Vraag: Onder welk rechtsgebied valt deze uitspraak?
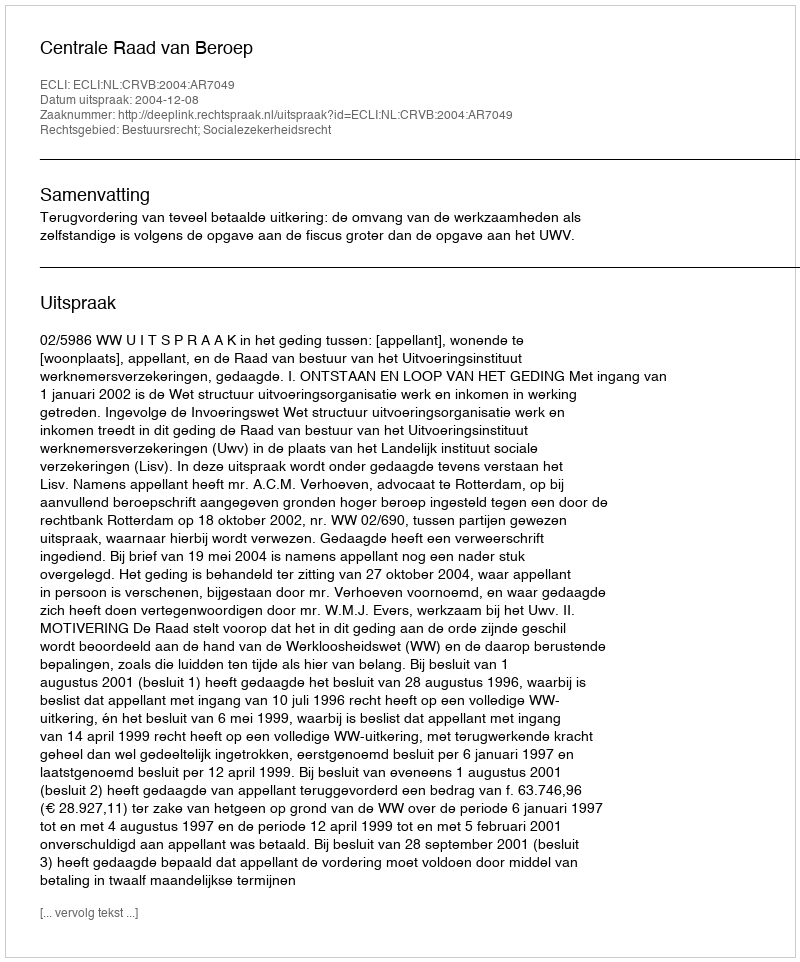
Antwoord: Bestuursrecht; Socialezekerheidsrecht